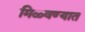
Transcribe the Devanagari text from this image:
मिळ्वण्यात